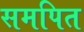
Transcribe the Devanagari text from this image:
समपित